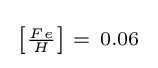
{\begin{smallmatrix}\left[{\frac {Fe}{H}}\right]\ =\ 0.06\end{smallmatrix}}